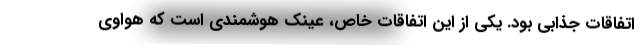
اتفاقات جذابی بود. یکی از این اتفاقات خاص، عینک هوشمندی است که هواوی